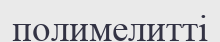
полимелитті